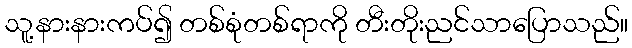
သူ့နားနားကပ်၍ တစ်စုံတစ်ရာကို တီးတိုးညင်သာပြောသည်။